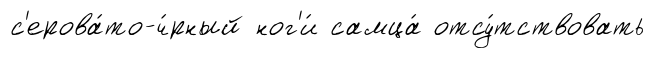
с'ерова́то-ч́рный ног'и́ самца́ отсу́тствовать